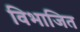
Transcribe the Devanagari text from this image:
विभाजित